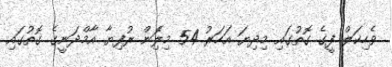
ވެހިކަލް ފީގެ ގޮތުގައި މިދިޔަ އަހަރު 54 މިލިެަން ރުފިޔާ އާމްދަނީގެ ގޮތުގައި